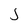
Character: J